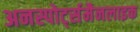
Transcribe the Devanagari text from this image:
अनस्पोर्ट्समैनलाइक